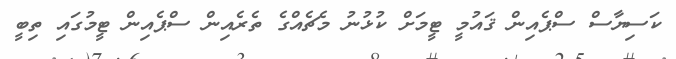
ކަސިޔާސް ސްޕެއިން ޤައުމީ ޓީމަށް ކުޅުނު މެޗެއްގެ ތެރެއިން ސްޕެއިން ޓީމުގައި ތިބީ